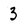
Character: 3